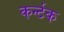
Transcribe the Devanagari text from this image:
कर्न्टक